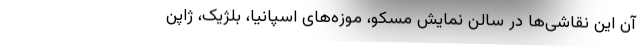
آن این نقاشی‌ها در سالن نمایش مسکو، موزه‌های اسپانیا، بلژیک، ژاپن